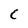
Character: C